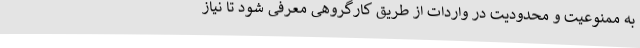
به ممنوعیت و محدودیت در واردات از طریق کارگروهی معرفی شود تا نیاز